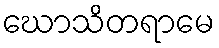
ဃောသိတရာမေ